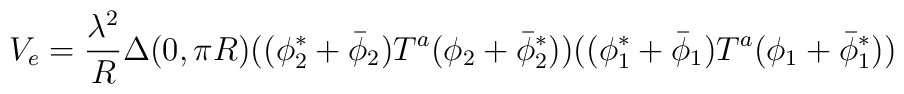
V_e={\lambda^2\over R}\Delta (0, \pi R) ((\phi_2^*+\bar\phi_2)T^a(\phi_2+\bar\phi_2^*))((\phi_1^*+\bar\phi_1)T^a(\phi_1+\bar\phi_1^*))